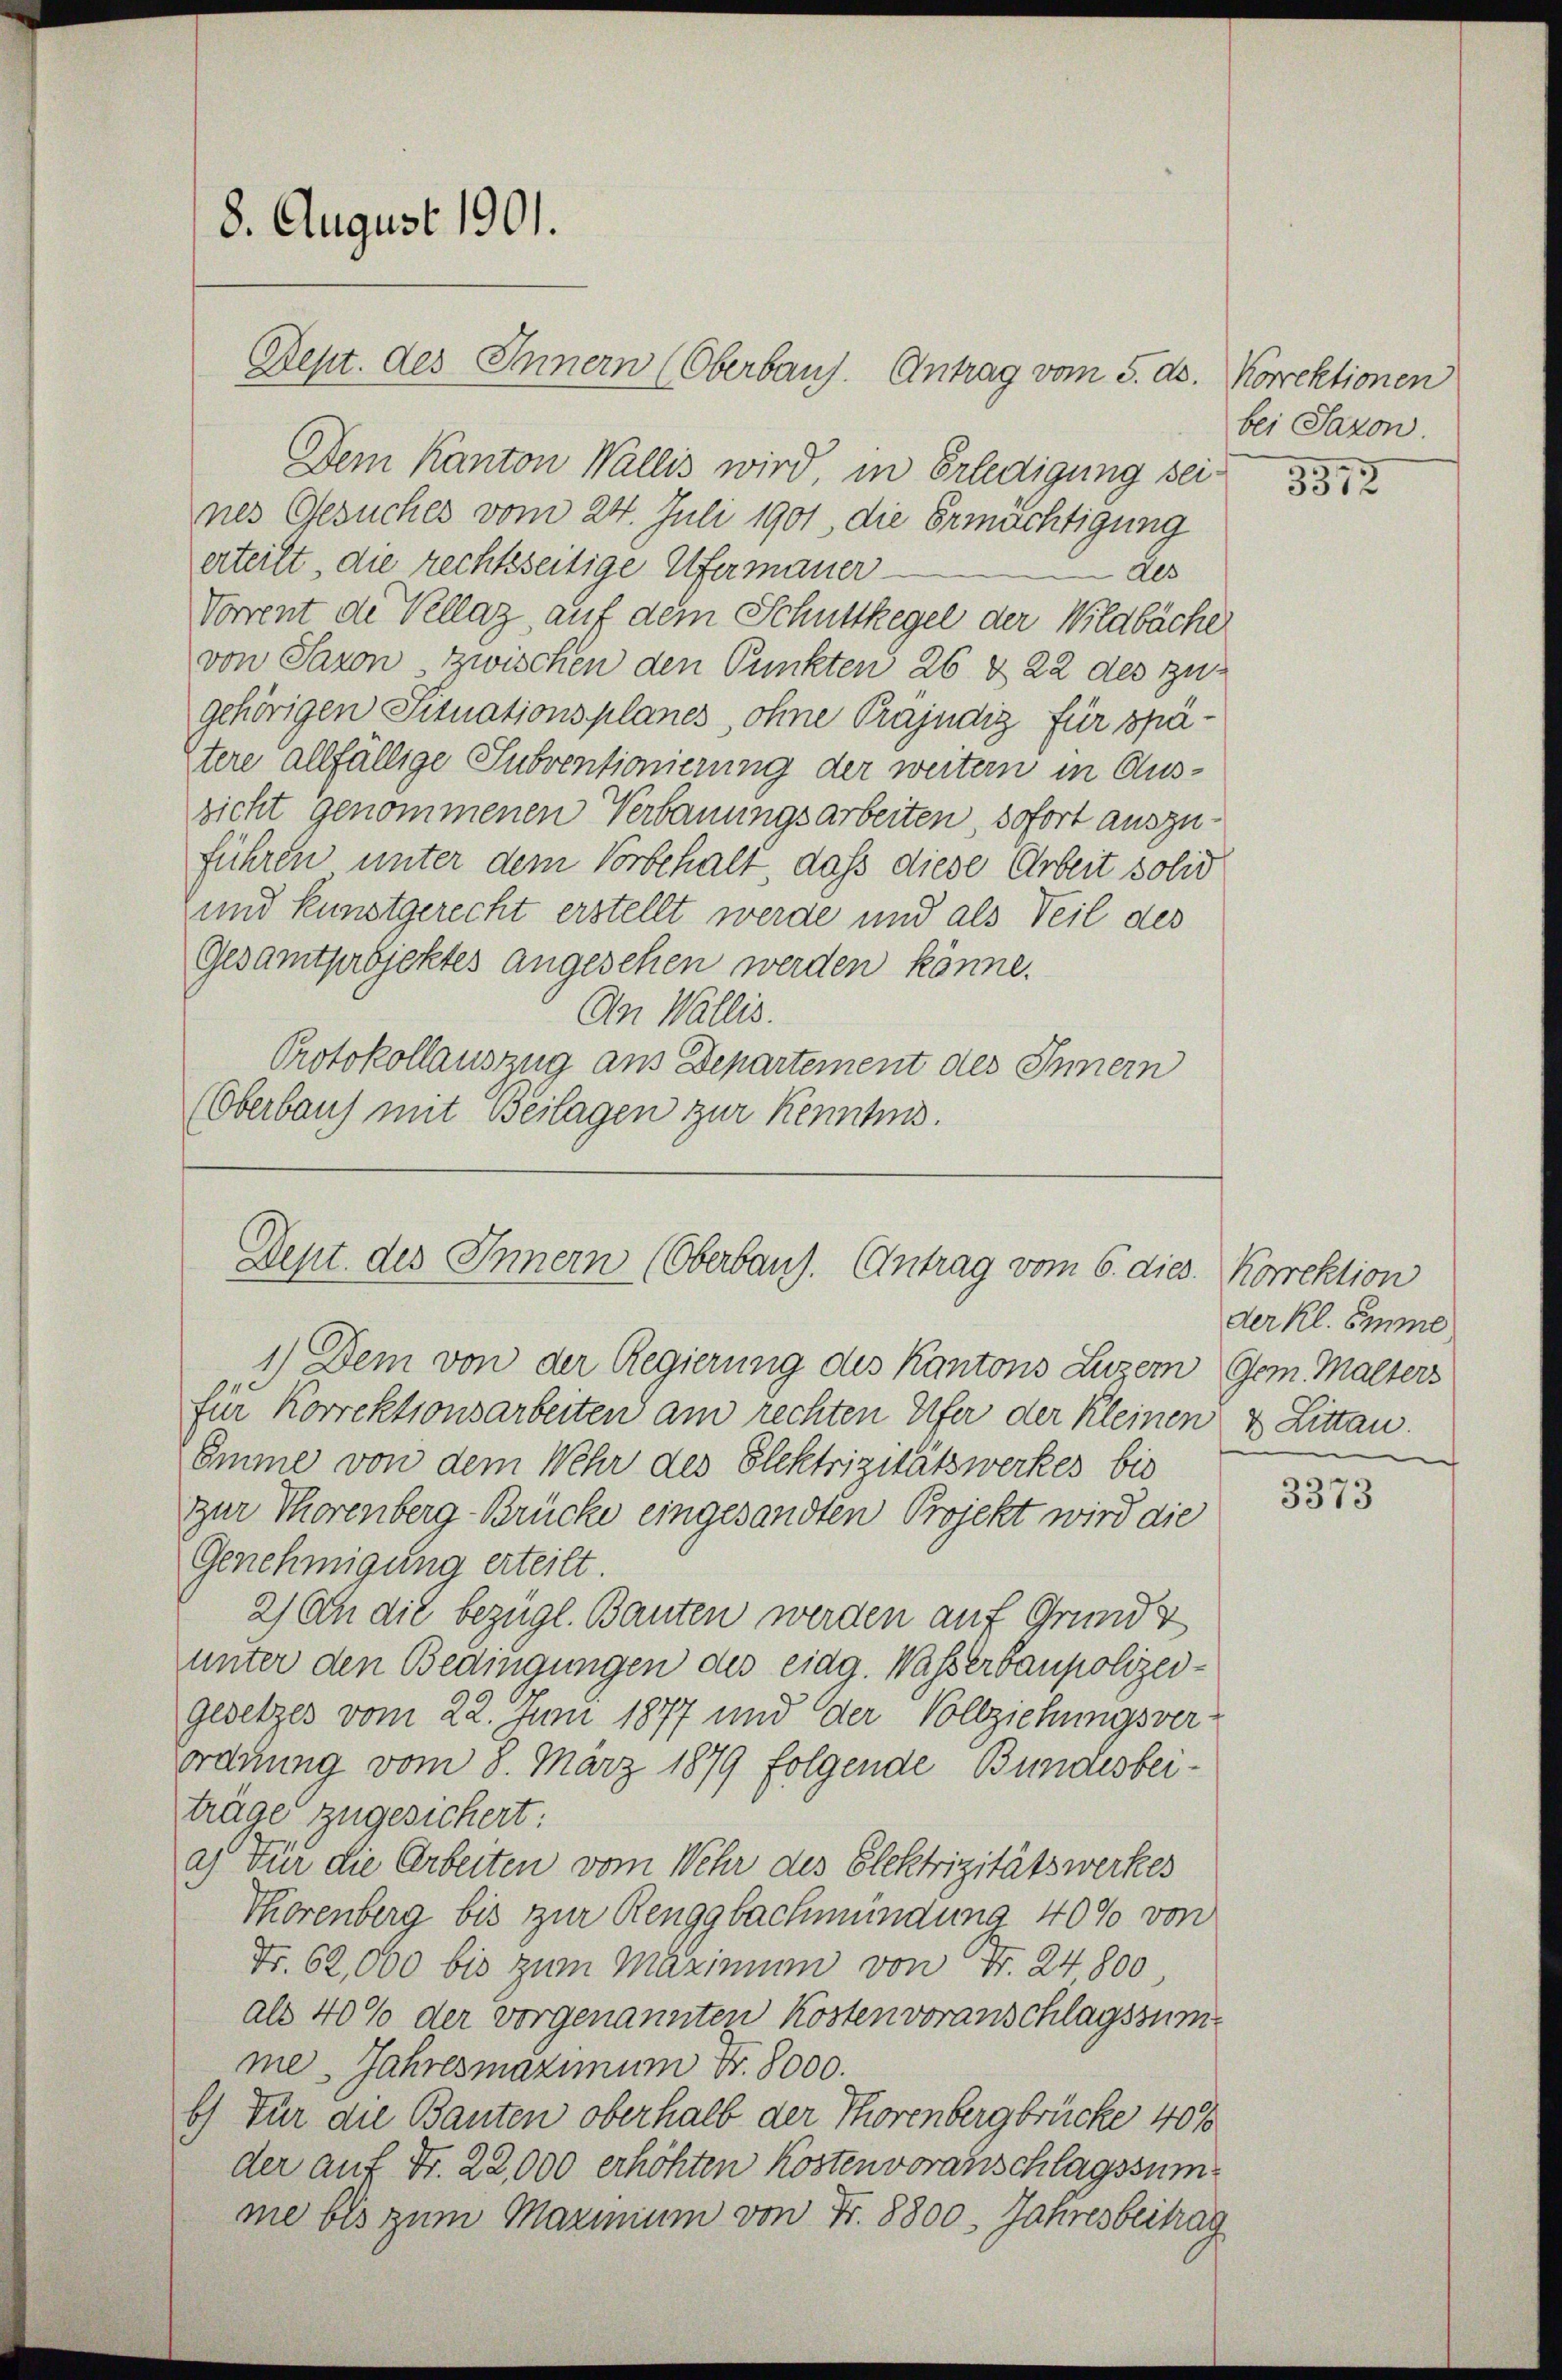
Rept. des Innern (Oberbaus. Antrag vom 5. ds. Korrektionen
Dem Kanton Wallis wird, in Erledigung seines Gesuches vom 24. Juli 1901, die Ermächtigung
erteilt, die rechtseitige Ufermauer-
des
Vorrent die Vellaz auf dem Schuttkegel der Wildbäche
von Saron zwischen den Punkten 26 & 22 des zugehörigen Situationsplanes, ohne Präjudig für spätere allfällige Subventionierung der weitern in Aussicht genommenen Verbauungsarbeiten, sofort auszuführen unter dem Vorbehalt, daß diese Arbeit solid
und kunstgerecht erstellt werde und als Teil des
Gesamtprbjektes angesehen werden könne.
An Wallis.
Protokollauszug aus Departement des Innern
(Oberbaus mit Beilagen zur Kenntnis.

8. August 1901.

Dept. des Innern (Oberbaus. Antrag vom 6. dies

1.) Dem von der Regierung des Kantons Luzern Gem. Malters
für Korrektionsarbeiten am rechten Ufer der Kleinen
Omme von dem Wehr des Elektrizitätswerkes bis
zur Thorenberg-Brücke eingesandten Projekt wird die
Genehmigung erteilt.
2) An die bezügl. Bauten werden auf Grund z
unter den Bedingungen des eidg. Wasserbaupolizeigesetzes vom 22. Juni 1877 und der Vollziehungsver-
ordnung vom 8. März 1879 folgende Bundesbeiträge zugesichert:
a) Für die Arbeiten vom Wehr des Elektrizitätswerkes
Thorenberg bis zur Renggbachmündung 40% von
Fr. 62,000 bis zum Maximum von Fr. 24800
als 40% der vorgenannten Kosten voranschlagssumme. Jahresmaximum Fr. 8000.
b) Für die Bauten oberhalb der Thorenbergbrücke 40%
der auf Fr. 22,000 erhöhten Kostenvoranschlagssumme bis zum Maximum von Fr. 8800. Jahresbeitrag

bei Saxon.

3512

Korrektion
der kl. Emme
2 Litten.

3373